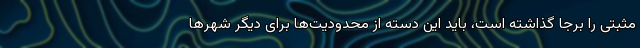
مثبتی را برجا گذاشته است، باید این دسته از محدودیت‌ها برای دیگر شهر‌ها